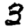
Digit: 3